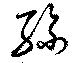
糸